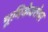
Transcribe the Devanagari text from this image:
भूमिकेबरोबर